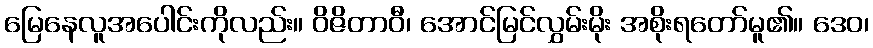
မြေနေလူအပေါင်းကိုလည်း။ ဝိဇိတာဝီ၊ အောင်မြင်လွှမ်းမိုး အစိုးရတော်မူ၏။ ဒေဝ၊